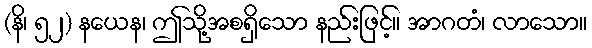
(နိ၊ ၅၂) နယေန၊ ဤသို့အစရှိသော နည်းဖြင့်။ အာဂတံ၊ လာသော။